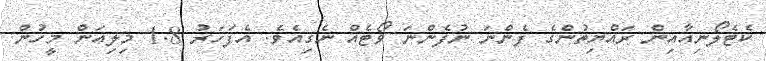
ކެޓެލޯނިއާއިން ރައްޔިތުންގެ ފެންނަ ނުފެންނަ ވޯޓެއް ނެގިއެވެ. އެފަހަރު 1.8 މިލިއަން މީހުން